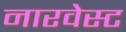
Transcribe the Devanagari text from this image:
नारवेस्ट